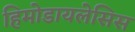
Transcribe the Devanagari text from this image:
हिमोडायलेसिस